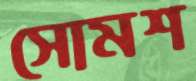
সোমশ